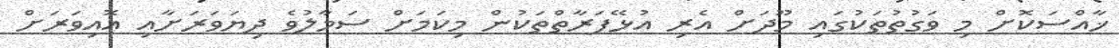
ޚާއްސަކޮށް މި ވަގުތުތަކުގައި މޫދަށް އެރި އުޅޭފަރާތްތަކުން މިކަމަށް ސަމާލުވެ ދިޔަވަރަށާއި އޮއިވަރަށް